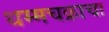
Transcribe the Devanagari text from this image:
धम्मचक्राचा